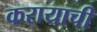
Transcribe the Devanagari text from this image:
करायाची